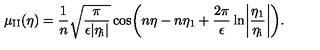
\mu _ { \mathrm { I I } } ( \eta ) = \frac { 1 } { n } \sqrt { \frac { \pi } { \epsilon \vert \eta _ { \mathrm { i } } \vert } } \cos \biggl ( n \eta - n \eta _ { 1 } + \frac { 2 \pi } { \epsilon } \ln \biggl \vert \frac { \eta _ { 1 } } { \eta _ { \mathrm { i } } } \biggr \vert \biggr ) .